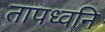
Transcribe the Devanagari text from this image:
तापध्वनि